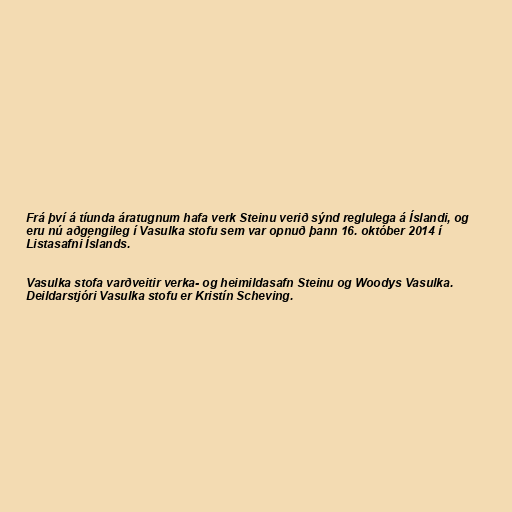
Frá því á tíunda áratugnum hafa verk Steinu verið sýnd reglulega á Íslandi, og
eru nú aðgengileg í Vasulka stofu sem var opnuð þann 16. október 2014 í
Listasafni Íslands.

Vasulka stofa varðveitir verka- og heimildasafn Steinu og Woodys Vasulka.
Deildarstjóri Vasulka stofu er Kristín Scheving.